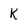
Character: K